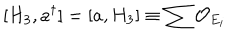
LaTeX: [ H _ { 3 } , a ^ { \dagger } ] = [ a , H _ { 3 } ] \equiv \sum { \cal O } _ { E _ { i } }